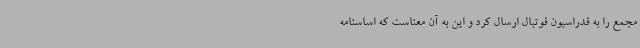
مجمع را به فدراسیون فوتبال ارسال کرد و این به آن معناست که اساسنامه